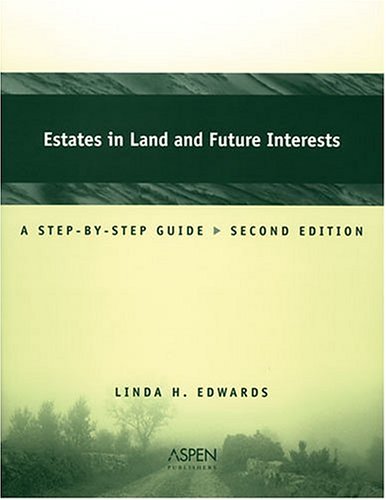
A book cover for Estates In Land And Future Interests: A Step-by-step Guide (Coursebook); Linda Holdeman Edwards; Law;